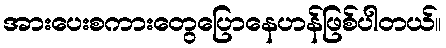
အားပေးစကားတွေပြောနေဟန်ဖြစ်ပါတယ်။